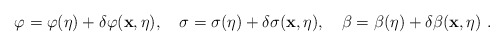
\begin{align*}\varphi = \varphi(\eta) + \delta \varphi ({\bf x},\eta), ~~~\sigma = \sigma(\eta) + \delta \sigma ({\bf x},\eta), ~~~\beta = \beta (\eta) + \delta \beta ({\bf x},\eta) \ .\end{align*}